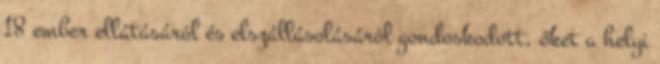
18 ember ellátásáról és elszállásolásáról gondoskodott, őket a helyi